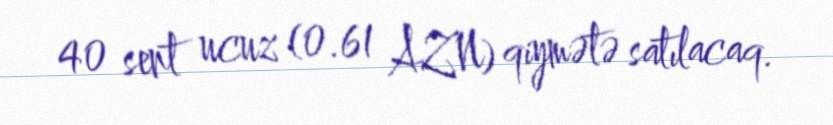
40 sent ucuz (0.61 AZN) qiymətə satılacaq.